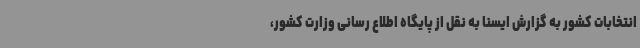
انتخابات کشور به گزارش ایسنا به نقل از پایگاه اطلاع رسانی وزارت کشور،